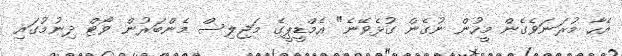
އެހާ މުރަނަވެގެން މީހުން ނުގެން ގުޅެވޭނެ" އެމްޑީޕީގެ މަޖިލިސް މެންބަރުން ވޯޓް ދިނުމުގައި